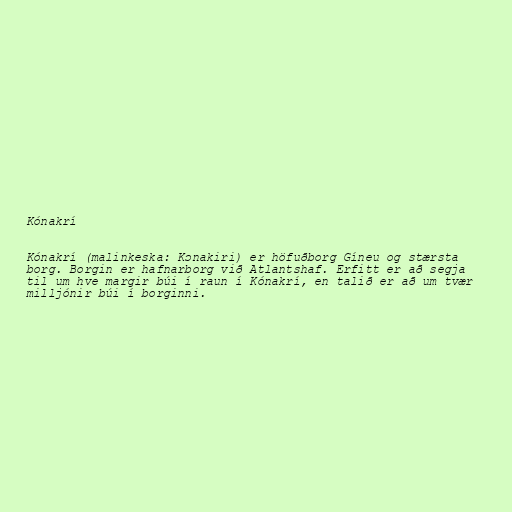
Kónakrí

Kónakrí (malinkeska: Kɔnakiri) er höfuðborg Gíneu og stærsta
borg. Borgin er hafnarborg við Atlantshaf. Erfitt er að segja
til um hve margir búi í raun í Kónakrí, en talið er að um tvær
milljónir búi í borginni.